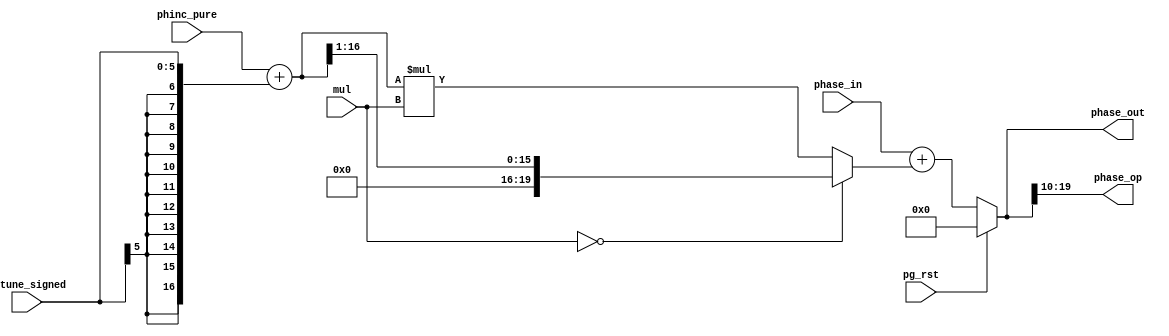
/*  This file is part of JT12.

    JT12 is free software: you can redistribute it and/or modify
    it under the terms of the GNU General Public License as published by
    the Free Software Foundation, either version 3 of the License, or
    (at your option) any later version.

    JT12 is distributed in the hope that it will be useful,
    but WITHOUT ANY WARRANTY; without even the implied warranty of
    MERCHANTABILITY or FITNESS FOR A PARTICULAR PURPOSE.  See the
    GNU General Public License for more details.

    You should have received a copy of the GNU General Public License
    along with JT12.  If not, see <http://www.gnu.org/licenses/>.
    
    Author: Jose Tejada Gomez. Twitter: @topapate
    Version: 1.0
    Date: 2-11-2018
    
    Based on information posted by Nemesis on:
http://gendev.spritesmind.net/forum/viewtopic.php?t=386&postdays=0&postorder=asc&start=167

    Based on jt51_phasegen.v, from JT51 
    
    */

module jt12_pg_sum (
    input       [ 3:0]  mul,        
    input       [19:0]  phase_in,
    input               pg_rst,
    input signed [5:0]  detune_signed,
    input       [16:0]  phinc_pure,

    output reg  [19:0]  phase_out,
    output reg  [ 9:0]  phase_op
);

reg [16:0] phinc_premul; 
reg [19:0] phinc_mul;

always @(*) begin
    phinc_premul = phinc_pure + {{11{detune_signed[5]}},detune_signed};
    phinc_mul    = ( mul==4'd0 ) ? {4'b0,phinc_premul[16:1]} : ({3'd0,phinc_premul} * mul);
    
    phase_out   = pg_rst ? 20'd0 : (phase_in + { phinc_mul});
    phase_op    = phase_out[19:10];
end

endmodule // jt12_pg_sum